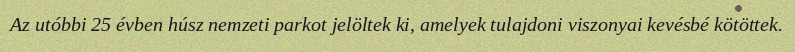
Az utóbbi 25 évben húsz nemzeti parkot jelöltek ki, amelyek tulajdoni viszonyai kevésbé kötöttek.